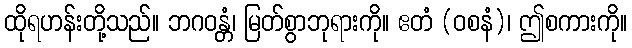
ထိုရဟန်းတို့သည်။ ဘဂဝန္တံ၊ မြတ်စွာဘုရားကို။ ဧတံ (ဝစနံ)၊ ဤစကားကို။